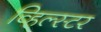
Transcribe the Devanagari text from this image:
व्हिल्स्टर